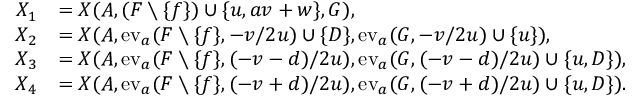
\begin{array} { r l } { X _ { 1 } } & { = X ( A , ( F \setminus \{ f \} ) \cup \{ u , a v + w \} , G ) , } \\ { X _ { 2 } } & { = X ( A , \mathrm { e v } _ { a } ( F \setminus \{ f \} , - v / 2 u ) \cup \{ D \} , \mathrm { e v } _ { a } ( G , - v / 2 u ) \cup \{ u \} ) , } \\ { X _ { 3 } } & { = X ( A , \mathrm { e v } _ { a } ( F \setminus \{ f \} , ( - v - d ) / 2 u ) , \mathrm { e v } _ { a } ( G , ( - v - d ) / 2 u ) \cup \{ u , D \} ) , } \\ { X _ { 4 } } & { = X ( A , \mathrm { e v } _ { a } ( F \setminus \{ f \} , ( - v + d ) / 2 u ) , \mathrm { e v } _ { a } ( G , ( - v + d ) / 2 u ) \cup \{ u , D \} ) . } \end{array}